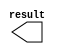
module hps_test (
	result);

	output	[15:0]  result;

endmodule